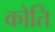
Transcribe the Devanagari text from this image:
कोति